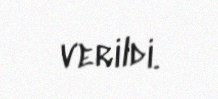
verildi.